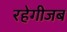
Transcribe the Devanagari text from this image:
रहेगीजब